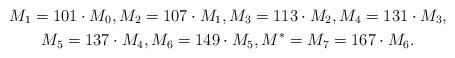
LaTeX: \begin{gather*}M_1=101 \cdot M_0,M_2=107 \cdot M_1,M_3=113 \cdot M_2,M_4=131 \cdot M_3,\\M_5=137 \cdot M_4,M_6=149 \cdot M_5,M^*=M_7=167 \cdot M_6.\end{gather*}